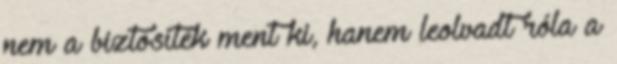
nem a biztosíték ment ki, hanem leolvadt róla a